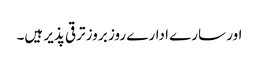
اور سارے ادارے روز بروز ترقی پذیر ہیں۔